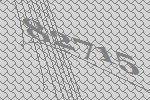
82715